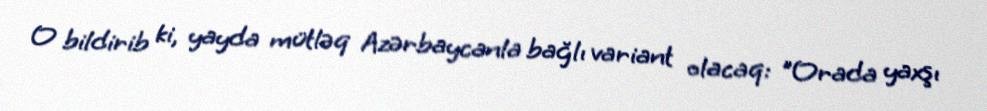
O bildirib ki, yayda mütləq Azərbaycanla bağlı variant olacaq: "Orada yaxşı